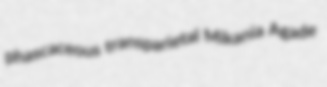
phascaceous transparietal Mikania Agade